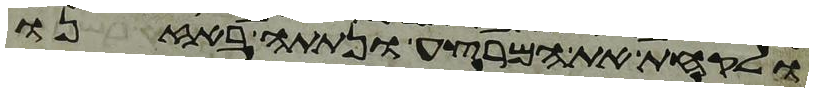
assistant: ולקחת את המרצע ונתתה באזנו